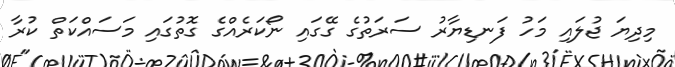
މިދިޔަ ޖުލައި މަހު ފަނޑިޔާރު ސަރަތުގެ ގޭގައި ނޯކަރެއްގެ ގޮތުގައި މަސައްކަތް ކުރާ